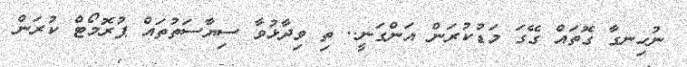
ނުހިނގާ ގޮތައް ގޭގަ މަޑުކުރަން އަންގަނީ.. ތި ވިދާޅުވާ ސިޔާސަތުތައް ޕުރޮމޯޓް ކުރަން